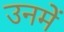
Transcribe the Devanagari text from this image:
उनमेें